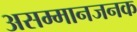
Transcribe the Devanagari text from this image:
असम्मानजनक